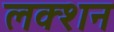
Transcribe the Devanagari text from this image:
लक्शन